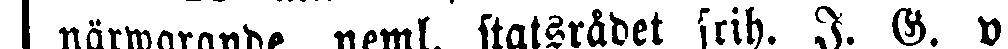
närwarande, neml. statsrådet frih. I. G. v